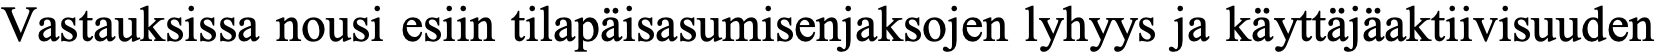
Vastauksissa nousi esiin tilapäisasumisenjaksojen lyhyys ja käyttäjäaktiivisuuden